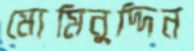
মোমিনুদ্দিন